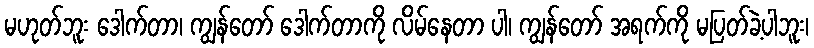
မဟုတ်ဘူး ဒေါက်တာ၊ ကျွန်တော် ဒေါက်တာကို လိမ်နေတာ ပါ၊ ကျွန်တော် အရက်ကို မပြတ်ခဲ့ပါဘူး၊